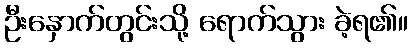
ဦးနှောက်တွင်းသို့ ရောက်သွား ခဲ့ရ၏။